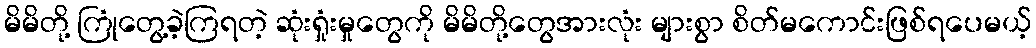
မိမိတို့ ကြုံတွေ့ခဲ့ကြရတဲ့ ဆုံးရှုံးမှုတွေကို မိမိတို့တွေအားလုံး များစွာ စိတ်မကောင်းဖြစ်ရပေမယ့်